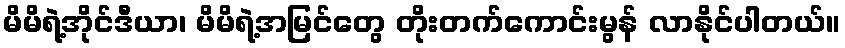
မိမိရဲ့အိုင်ဒီယာ၊ မိမိရဲ့အမြင်တွေ တိုးတက်ကောင်းမွန် လာနိုင်ပါတယ်။